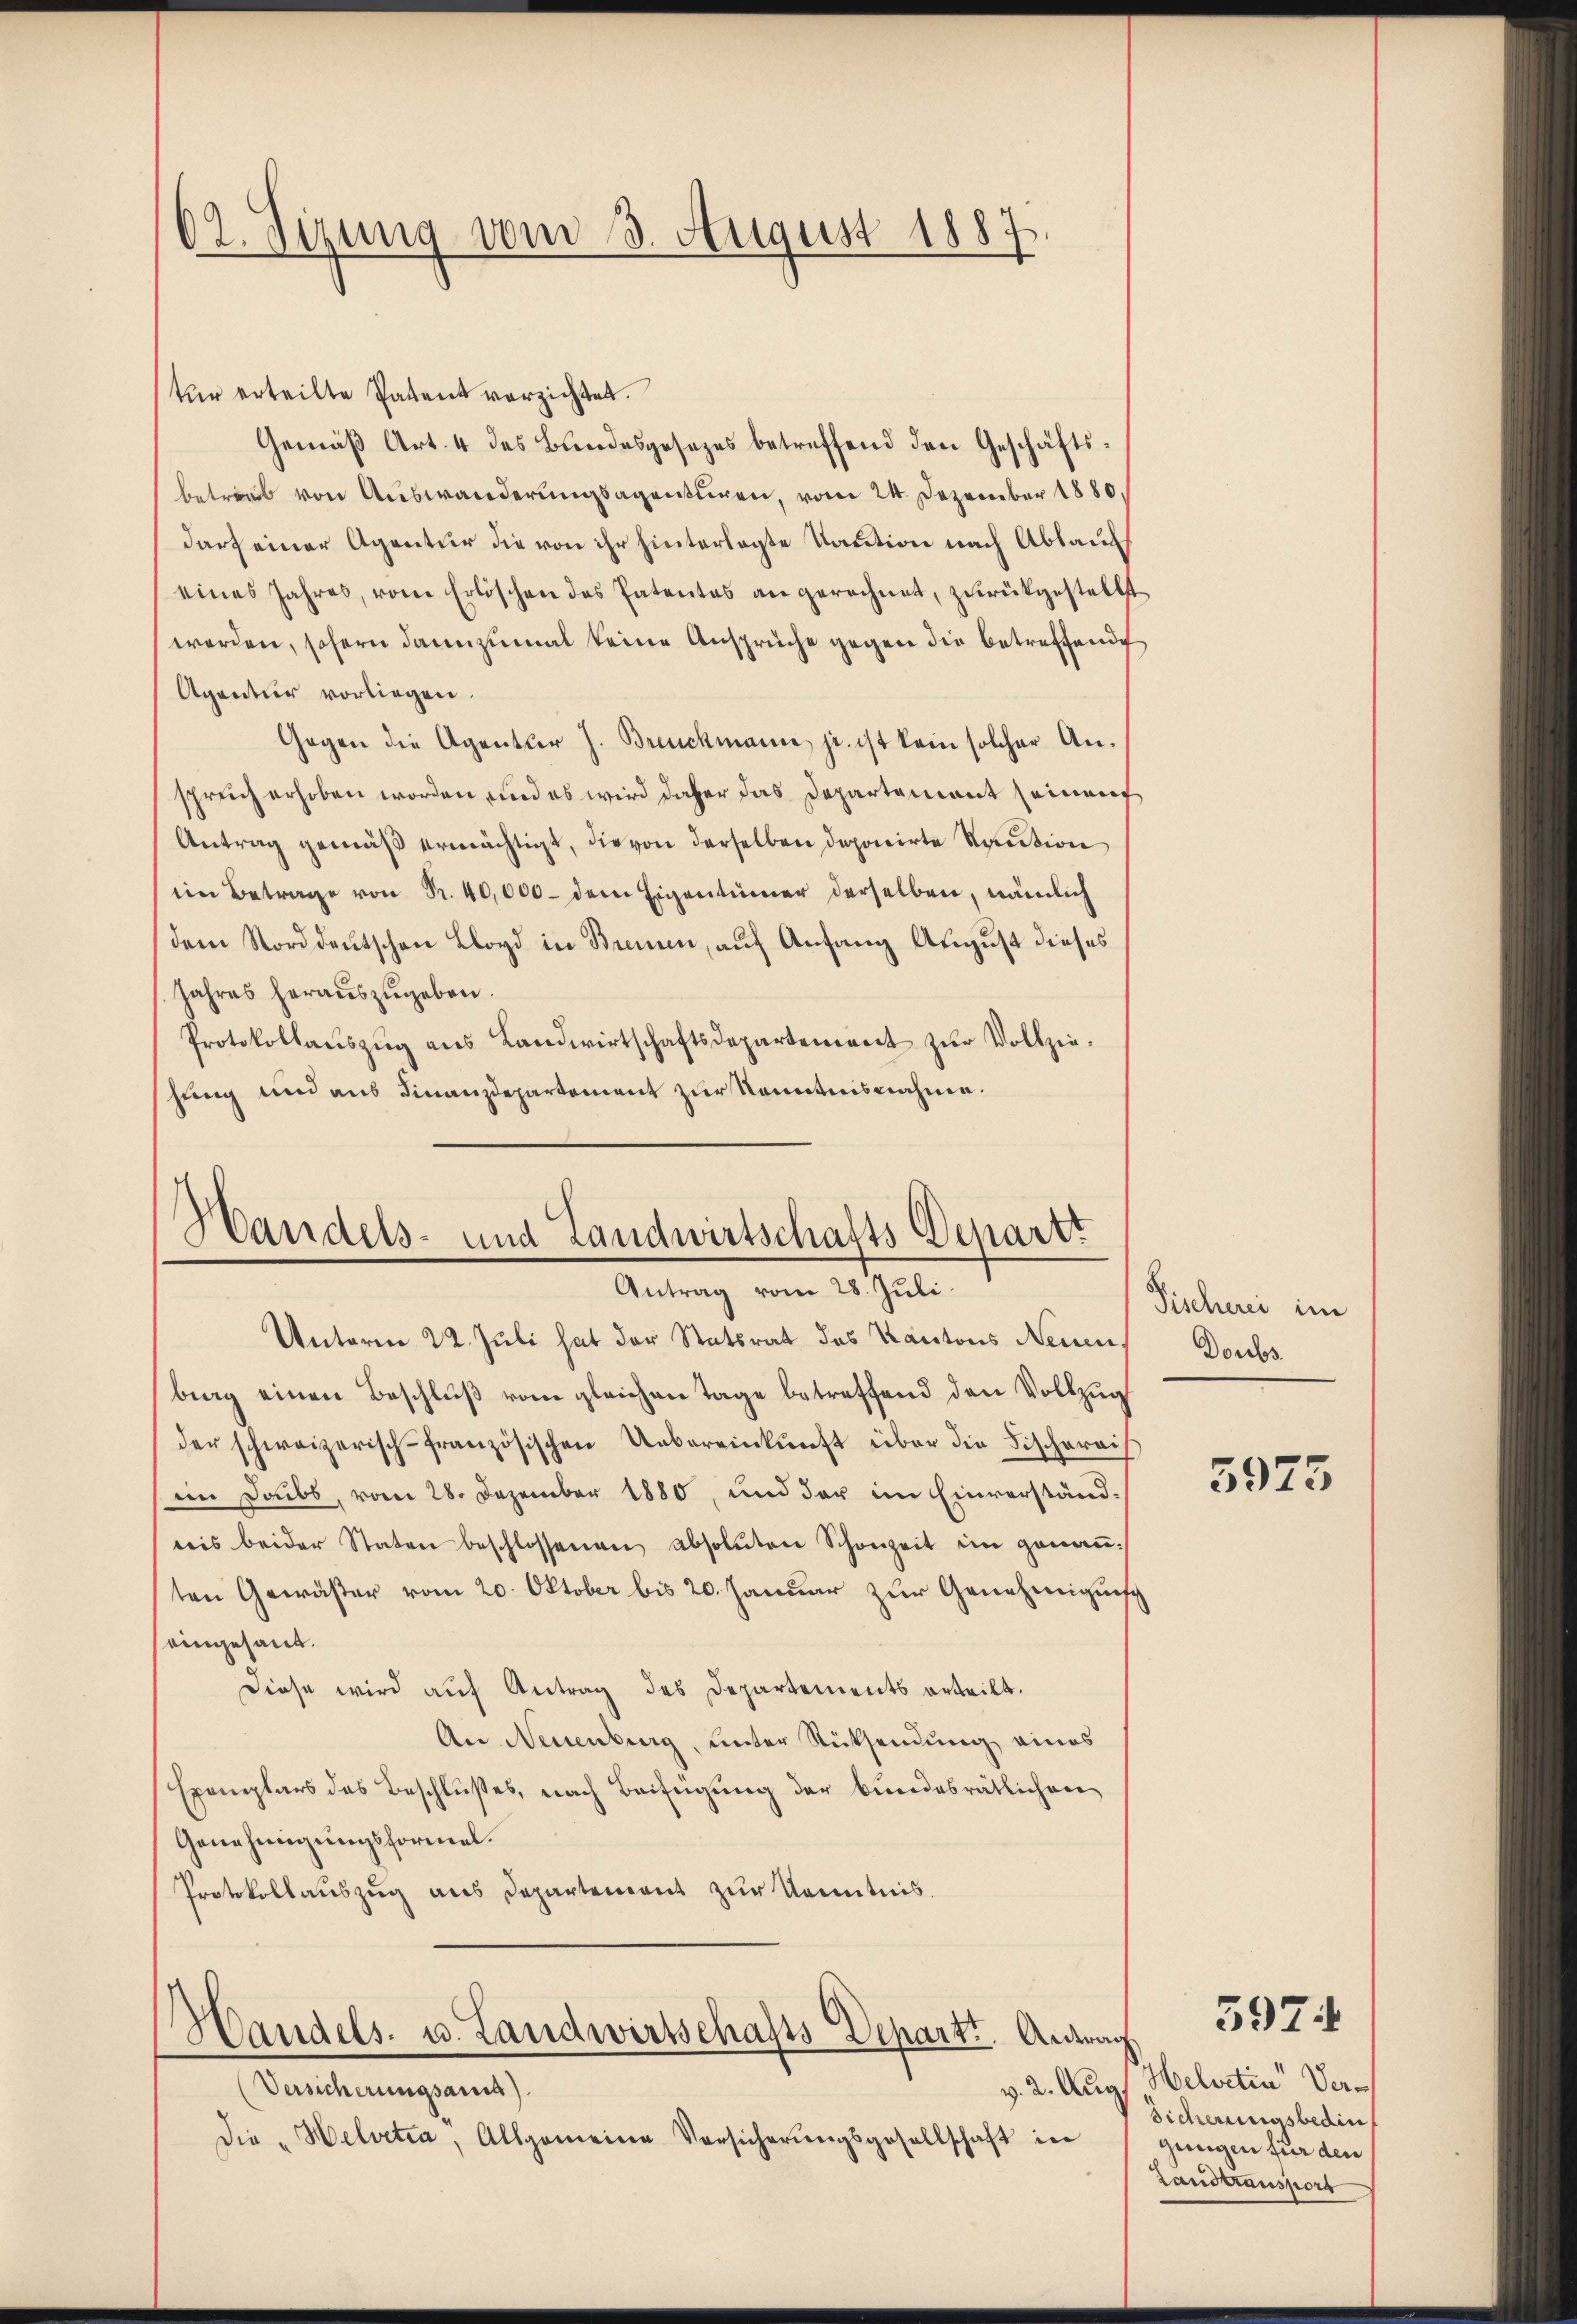
62. Sizung vom 3. August 1887

tur erteilte Patent verzichtet.
Gemäß Art. 4 des Bundesgesezes betreffend den Geschäftsbetreut von Auswanderungsagenturen, vom 24. Dezember 1880,
darf einer Agentur die von ihr hinterlegte Kaution nach Ablauf
eines Jahres, vom Erlöschen des Patentes an gerechnet, zurückgestellt
werden, sofern dannzumal keine Ansprüche gegen die betreffende
Agantur vorliegen.
Gegen die Agentur J. Brockmann je. ist kein solcher Anspreich erhoben worden und es wird daher das Departement seinauf
Antrag gemäß ermächtigt, die von derselben deponirte Kaution
ein Betrage von Sr. 40,000 dem Eigentümer derselben, nämlich
dem Norddeutschen Lloyd in Brennen, auf Anfang August dieses
Jahres heraŭszŭgeben.
Protokollauszug aus Landwirtschaftsdepartement zur Vollzieschung und aus Finanzdepartement zur Kenntnisnahme.

ch
Handels- und Landwirtschafts Departt
Antrag vom 28. Juli

Unterm 22. Juli hat der Statsrat des Kantons Neuen,
bing einen Beschluß vom gleichen Tage betreffend den Vollzug
der schweizerisch-französischen Uebereinkunft über die Fischereis
im Doubs, vom 28. Dezember 1880, und der im Einverständnis beider Staten beschlossenen absoluten Schonzeit im genaṅ-
ten Gewäßer vom 20. Oktober bis 20. Januar zur Genehmigung
eingesand.
Diese wird auf Antrag des Departements erteilt.
An Neuenburg, unter Rücksendung eines
Exemplars des Beschlußes, nach Beifügung der bundesrätlichen
Genehmigungsformel.
Protokollauszug aus Departement zur Kenntnis.

Handels- u. Landwirtschafts Depart. Antra

(Versicherungsamia).
Die "Helvetia, Allgemeine Vorsicherŭngsgesellschaft in

Fischerei im
Doubs

5975

s
v. 2. Aug., Helvetia" Ver¬
Sicherungsbedin
gungen für den
Landtransport

3974